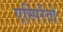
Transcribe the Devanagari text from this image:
एस्पिरेंतो